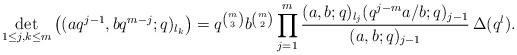
LaTeX: \begin{align*}\det_{1\leq j,k\leq m}\big((aq^{j-1},bq^{m-j};q)_{l_k}\big)=q^{\binom m3}b^{\binom m 2}\prod_{j=1}^m\frac{(a,b;q)_{l_j}(q^{j-m}a/b;q)_{j-1}}{(a,b;q)_{j-1}}\,\Delta(q^l).\end{align*}